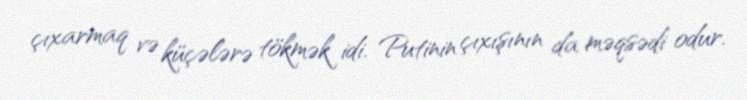
çıxarmaq və küçələrə tökmək idi. Putinin çıxışının da məqsədi odur.